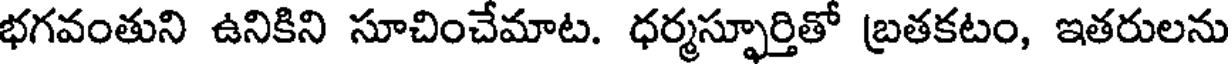
భగవంతుని ఉనికిని సూచించేమాట. ధర్మస్ఫూర్తితో బ్రతకటం, ఇతరులను